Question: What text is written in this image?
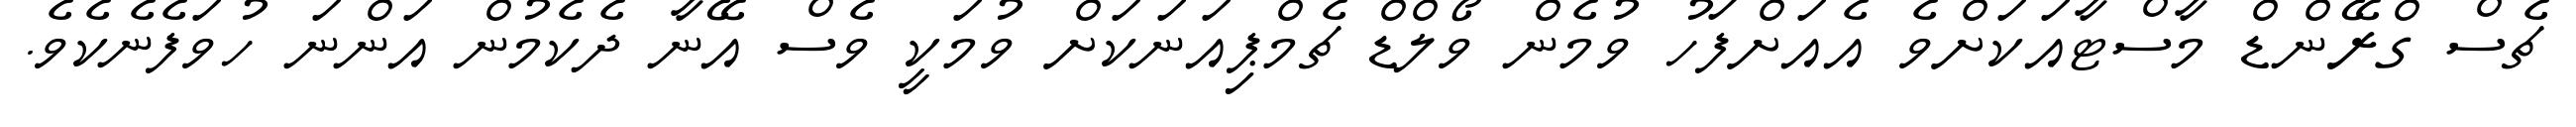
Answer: ޗެސް ގްރޭންޑް މާސްޓާއަކަށްވެ އެއަށްފަހު ވުމެން ވޯލްޑް ޗެމްޕިއަނަކަށް ވުމަކީ ވެސް އޭނާ ދެކެމުން އަންނަ ހުވަފެނެކެވެ.